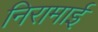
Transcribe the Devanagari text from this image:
निरामाई